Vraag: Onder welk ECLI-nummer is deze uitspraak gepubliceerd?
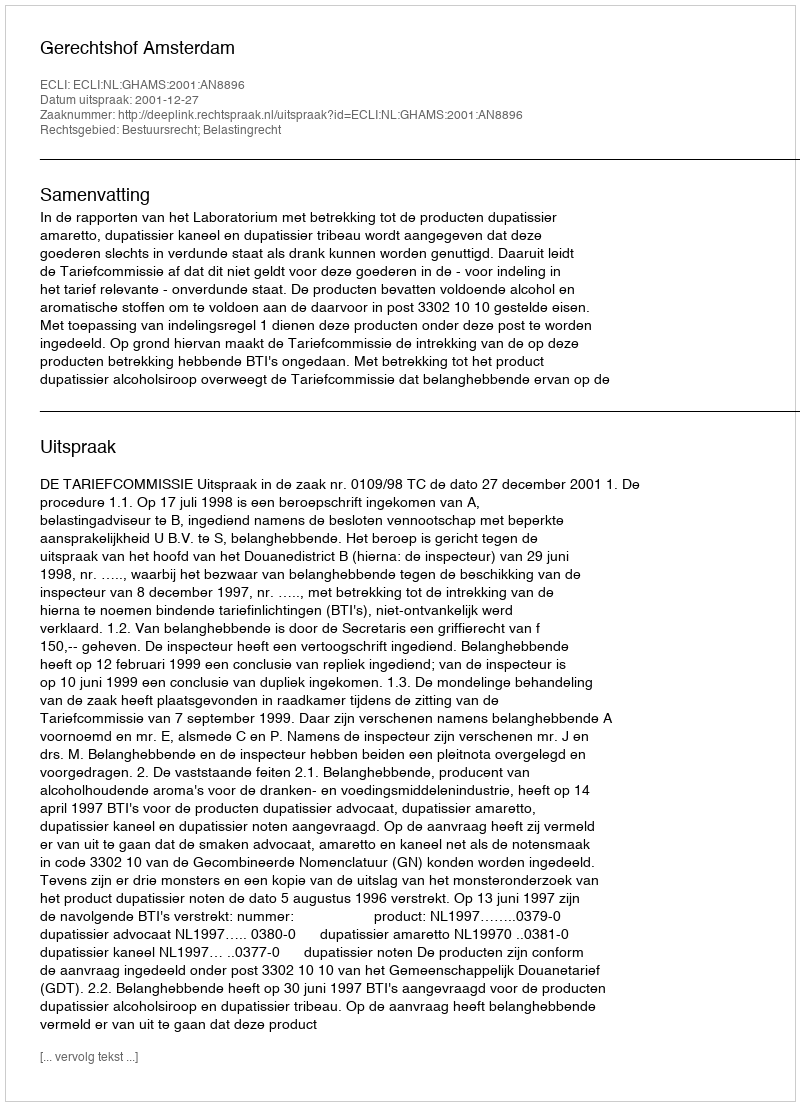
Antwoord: ECLI:NL:GHAMS:2001:AN8896